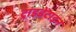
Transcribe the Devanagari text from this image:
ट्राइडेंटाइन